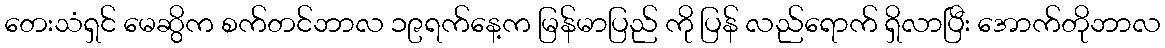
တေးသံရှင် မေဆွိက စက်တင်ဘာလ ၁၉ရက်နေ့က မြန်မာပြည် ကို ပြန် လည်ရောက် ရှိလာပြီး အောက်တိုဘာလ